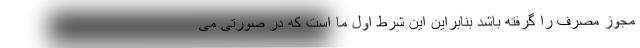
مجوز مصرف را گرفته باشد بنابراین این شرط اول ما است که در صورتی می